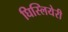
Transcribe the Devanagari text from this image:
घिस्लियेरी